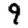
Digit: 9